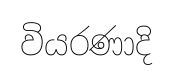
වියරණාදි